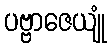
ပဗ္ဗာဇေယျုံ